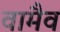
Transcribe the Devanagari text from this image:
वामैव